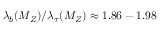
\lambda _ { b } ( M _ { Z } ) / \lambda _ { \tau } ( M _ { Z } ) \approx 1 . 8 6 - 1 . 9 8